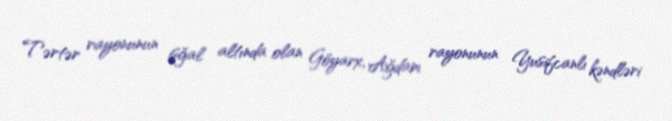
Tərtər rayonunun işğal altında olan Göyarx, Ağdam rayonunun Yusifcanlı kəndləri